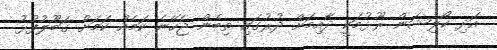
އަދި ކޯލިޝަން ރޫޅުމަކީ ދާއިމަށް ދުރުގައި ތިބެން ޖެހޭނެ ކަމެއް ކަމަށް ގަބޫލުފުޅު